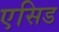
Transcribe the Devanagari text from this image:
एसिड